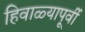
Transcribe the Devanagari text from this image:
हिवाळ्यापूर्वी